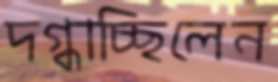
দগ্ধাচ্ছিলেন